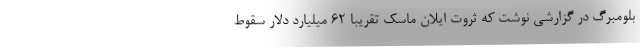
بلومبرگ در گزارشی نوشت که ثروت ایلان ماسک تقریبا ۶۲ میلیارد دلار سقوط